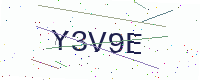
Text: Y3V9E